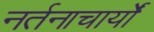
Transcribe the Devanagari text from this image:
नर्तनाचार्यों